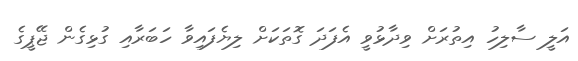
އަލީ ސާލިހު އިތުރަށް ވިދާޅުވީ އެފަދަ ގޮތަކަށް ލިޔެފައިވާ ހަބަރާއި ގުޅިގެން ޖޭޕީގެ